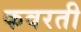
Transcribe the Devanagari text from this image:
कवरती